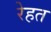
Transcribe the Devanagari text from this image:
रेहत